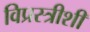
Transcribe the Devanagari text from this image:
विप्रस्त्रीशी